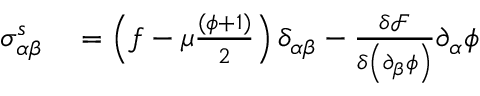
\begin{array} { r l } { \sigma _ { \alpha \beta } ^ { s } } & { { } = \left( f - \mu \frac { ( \phi + 1 ) } { 2 } \right) \delta _ { \alpha \beta } - \frac { \delta \mathcal { F } } { \delta \left( \partial _ { \beta } \phi \right) } \partial _ { \alpha } \phi } \end{array}